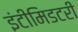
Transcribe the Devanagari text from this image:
इंटीमिडटरी